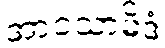
အာဝသာမိဒံ